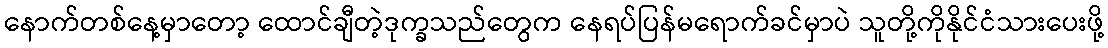
နောက်တစ်နေ့မှာတော့ ထောင်ချီတဲ့ဒုက္ခသည်တွေက နေရပ်ပြန်မရောက်ခင်မှာပဲ သူတို့ကိုနိုင်ငံသားပေးဖို့